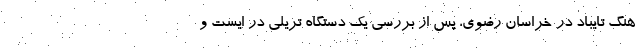
هنگ تایباد در خراسان رضوی، پس از بررسی یک دستگاه تریلی در ایست و